Annual administration report of the Civil Veterinary Department of India - 1895-1896
Year: 1895
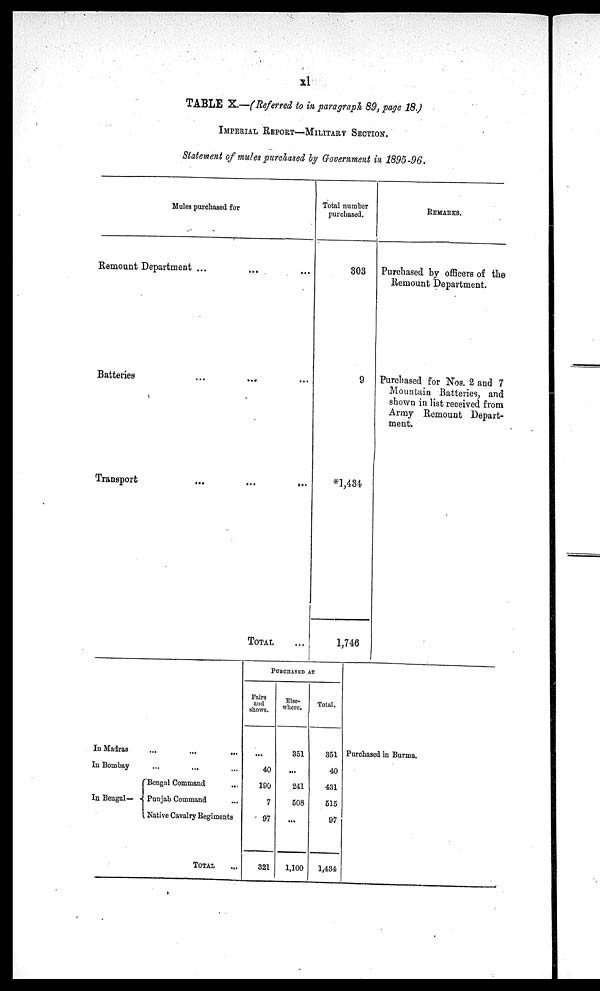
xl
TABLE X.—(Referred to in paragraph 89, page 18.)
IMPERIAL REPORT—MILITARY SECTION.
Statement of mules purchased by Government in 1895-96.
Mules purchased for
Remount Department ... ... ...
Batteries ... ... ...
Transport ... ... ...
TOTAL
Total number
purchased.
303
9
*1,434
1,746
REMARKS.
Purchased by officers of the
Remount Department.
Purchased for Nos. 2 and 7
Mountain Batteries, and
shown in list received from
Army Remount Depart-
ment.
In Madras ... ... ...
In Bombay ... ... ...
In Bengal—
Bengal Command ...
Punjab Command ...
Native Cavalry Regiments
TOTAL ...
PURCHASED AT
Fairs
and
shows.
...
40
190
7
97
321
Else-
where.
351
...
241
508
...
1,100
Total.
351
40
431
515
97
1,434
Purchased in Burma.